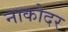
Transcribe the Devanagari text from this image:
नाकोदर